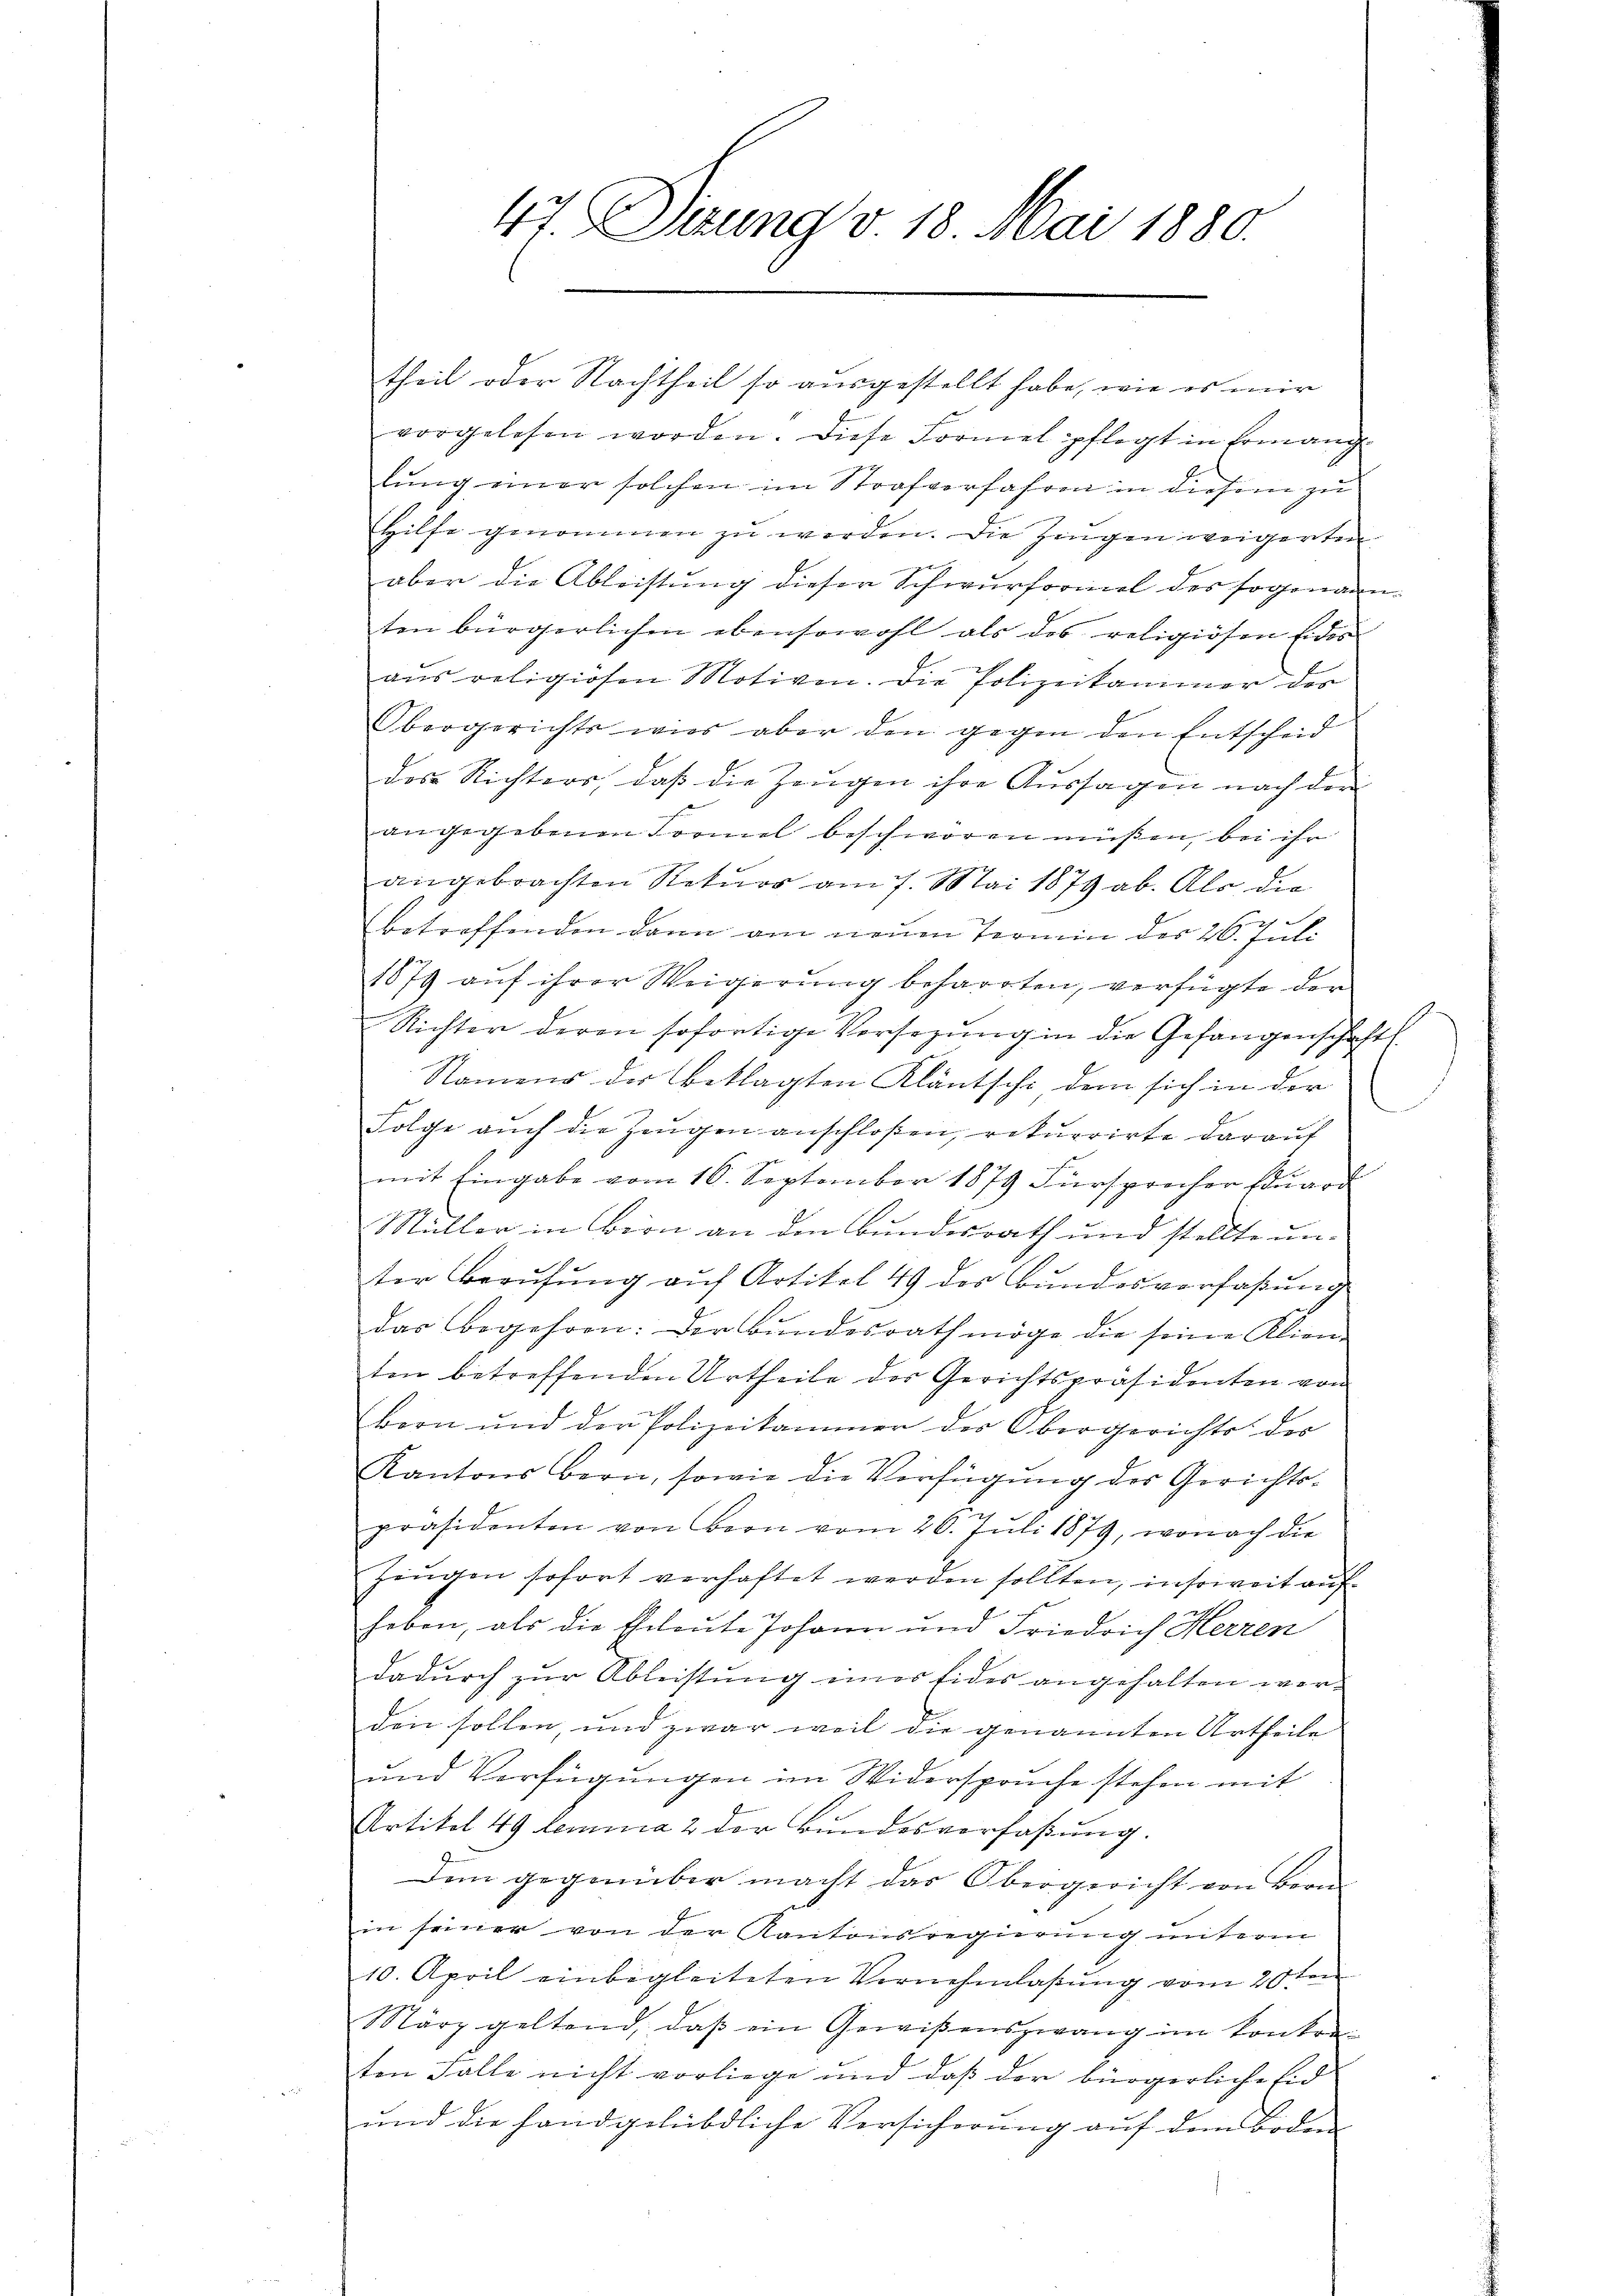
47. Deung v. 18. Mai 1880.

theil oder Nachtheil so ausgestellt habe, wie es mir
vorgelesen worden. Diese Formel pflegt in Ermang
lung einer solchen im Strafverfahren in diesem zu
Hilfe genommen zu werden. Die Zeugen weigerten
aber die Ableistung dieser Schwurformel des sogenannten bürgerlichen ebensowohl als das religiösen Eides
aus religiösen Motiven. Die Polizeikammer des
Obergerichts wies aber den gegen den Entscheid
das Richters, daß die Zeugen ihre Aussagen nach der
E
angegebenen Formel beschworen müßen, bei ihr
angebrachten Rekurs am 7. Mai 1879 ab. Als die
betreffenden dann am neuen Termin des 26. Juli
1879 auf ihrer Weigerung beharrten, verfügte der
Richter deren sofortige Vorsetzŭng in die Gefangenschaft
Namens der Beklagten Kläntsche dem sich in der
Folge aŭch die Zeŭgen anschloßen, rekurrirte darauf
mit Eingabe vom 16. September 1879 Fürsprocher Eduard
Müller in Bion an den Bundesrath und stellte un-
ter Berufung auf Artikel 49 des Bundesverfaßung
das Begehren: Der Bundesrath möge die seine Klien-
ten betreffenden Urtheile der Gerichtspräsidenten von
Bern und der Polizeikammer der Obergerichts des
Kantons Bern, sowie die Verfügung des Gerichts-
präsidenten von Boon vom 26. Jŭli 1879, wonach die
Zeŭgen sofort verhaftet werden sollten, insoweit auf
haben, als die Eheleute Johann und Friedrich Herren
dadurch zur Ableistung einer Eides angehalten worden sollen, und zwar weil die genannten Urtheile
und Verfügungen im Widerspruche stehen mit
Artikel 49 lemma 2 der Bundesverfaßung.
Dem gegenüber macht das Obergericht von Bern
in seiner von der Kantonsregierung unterm
10. April einbegleiteten Vernehmlassung vom 20ten
März geltend, daß ein Gewißenszwang im konkreten Falle nicht vorliege und daß der bürgerliche Eid
und die handgelübdliche Versicherung auf dem Boden